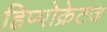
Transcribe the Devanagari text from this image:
हिप्पोक्रेटज